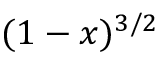
( 1 - x ) ^ { 3 / 2 }